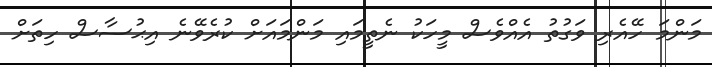
މަންމަ ހޭއެރި ވަގުތު އެއްވެސް މީހަކު ނެތީމައި މަންމައަށް ކުރެވޭނެ އިޙުސާސް ހިތަށް